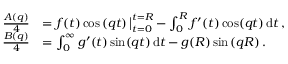
\begin{array} { r l } { \frac { A ( q ) } { 4 } } & { = \big . f ( t ) \cos \left( q t \right) \big | _ { t = 0 } ^ { t = R } - \int _ { 0 } ^ { R } f ^ { \prime } ( t ) \cos ( q t ) \, \mathrm { d } t \, , } \\ { \frac { B ( q ) } { 4 } } & { = \int _ { 0 } ^ { \infty } g ^ { \prime } ( t ) \sin ( q t ) \, \mathrm { d } t - g ( R ) \sin \left( q R \right) . } \end{array}